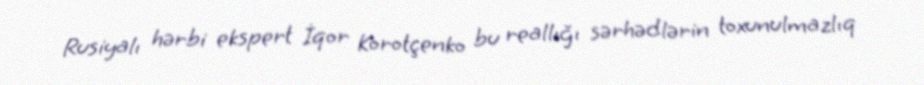
Rusiyalı hərbi ekspert İqor Korotçenko bu reallığı sərhədlərin toxunulmazlıq